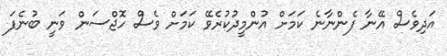
އަދިވެސް އޭނާ ފެންނާނެ ކަމަށް އުންމީދުކުރެވޭ ކަމަށް ވެސް ހޮޖްސަން ވަނީ ބުނެފަ